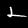
Digit: 2